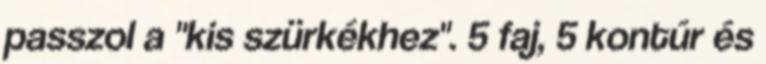
passzol a "kis szürkékhez". 5 faj, 5 kontúr és